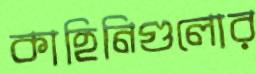
কাহিনিগুলোর